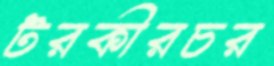
টরকীরচর